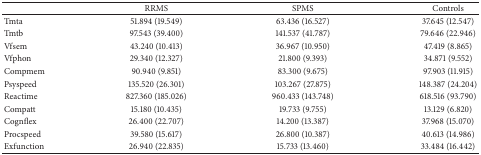
<table><thead><tr><td><b> </b></td><td><b>RRMS</b></td><td><b>SPMS</b></td><td><b>Controls</b></td></tr></thead><tbody><tr><td>Tmta</td><td>51.894 (19.549)</td><td>63.436 (16.527)</td><td>37.645 (12.547)</td></tr><tr><td>Tmtb</td><td>97.543 (39.400)</td><td>141.537 (41.787)</td><td>79.646 (22.946)</td></tr><tr><td>Vfsem</td><td>43.240 (10.413)</td><td>36.967 (10.950)</td><td>47.419 (8.865)</td></tr><tr><td>Vfphon</td><td>29.340 (12.327)</td><td>21.800 (9.393)</td><td>34.871 (9.552)</td></tr><tr><td>Compmem</td><td>90.940 (9.851)</td><td>83.300 (9.675)</td><td>97.903 (11.915)</td></tr><tr><td>Psyspeed</td><td>135.520 (26.301)</td><td>103.267 (27.875)</td><td>148.387 (24.204)</td></tr><tr><td>Reactime</td><td>827.360 (185.026)</td><td>960.433 (143.748)</td><td>618.516 (93.790)</td></tr><tr><td>Compatt</td><td>15.180 (10.435)</td><td>19.733 (9.755)</td><td>13.129 (6.820)</td></tr><tr><td>Cognflex</td><td>26.400 (22.707)</td><td>14.200 (13.387)</td><td>37.968 (15.070)</td></tr><tr><td>Procspeed</td><td>39.580 (15.617)</td><td>26.800 (10.387)</td><td>40.613 (14.986)</td></tr><tr><td>Exfunction</td><td>26.940 (22.835)</td><td>15.733 (13.460)</td><td>33.484 (16.442)</td></tr></tbody></table>